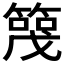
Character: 𬕪